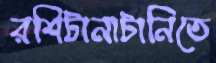
রশিটানাটানিতে